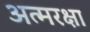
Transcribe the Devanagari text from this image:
अत्मरक्षा